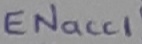
Text: ENACC1